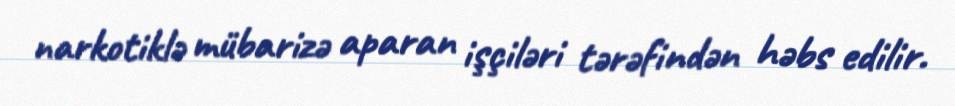
narkotiklə mübarizə aparan işçiləri tərəfindən həbs edilir.